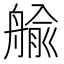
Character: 𦩞